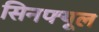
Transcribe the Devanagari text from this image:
सिनफ्यूल